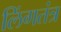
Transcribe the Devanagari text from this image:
लिंगतंत्र